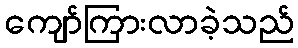
ကျော်ကြားလာခဲ့သည်